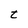
Character: t